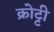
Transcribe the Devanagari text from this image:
क्रोट्टी